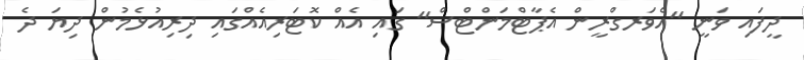
ދީފައި ވަނީ "އެވަރގްރީން އެޕާޓްމަންޓްސް" ގައި އެއް ކޮޓަރިއެއްގައި ދިރިއުޅެމުން ދިޔަ ދެ